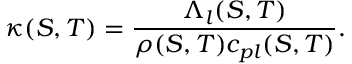
\kappa ( S , T ) = \frac { \Lambda _ { l } ( S , T ) } { \rho ( S , T ) c _ { p l } ( S , T ) } .